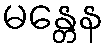
မန္တေန